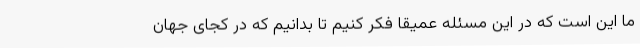
ما این است که در این مسئله عمیقا فکر کنیم تا بدانیم که در کجای جهان